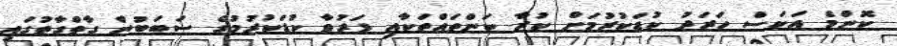
ކޮންމެ އަކަސް ހަރަދު ކުޑަކުރުމަށް ކުރާ ކަންތައްތަކާއި ފަރުވާ ކުޑަކުރުމުގެ ސަބަބުން ގާތްގާތުގައި